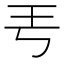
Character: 𤣫